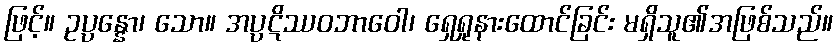
ဖြင့်။ ဥပ္ပန္နော၊ သော။ အပ္ပဋိဿဝဘာဝေါ၊ ရှေရှုနားထောင်ခြင်း မရှိသူ၏အဖြစ်သည်။